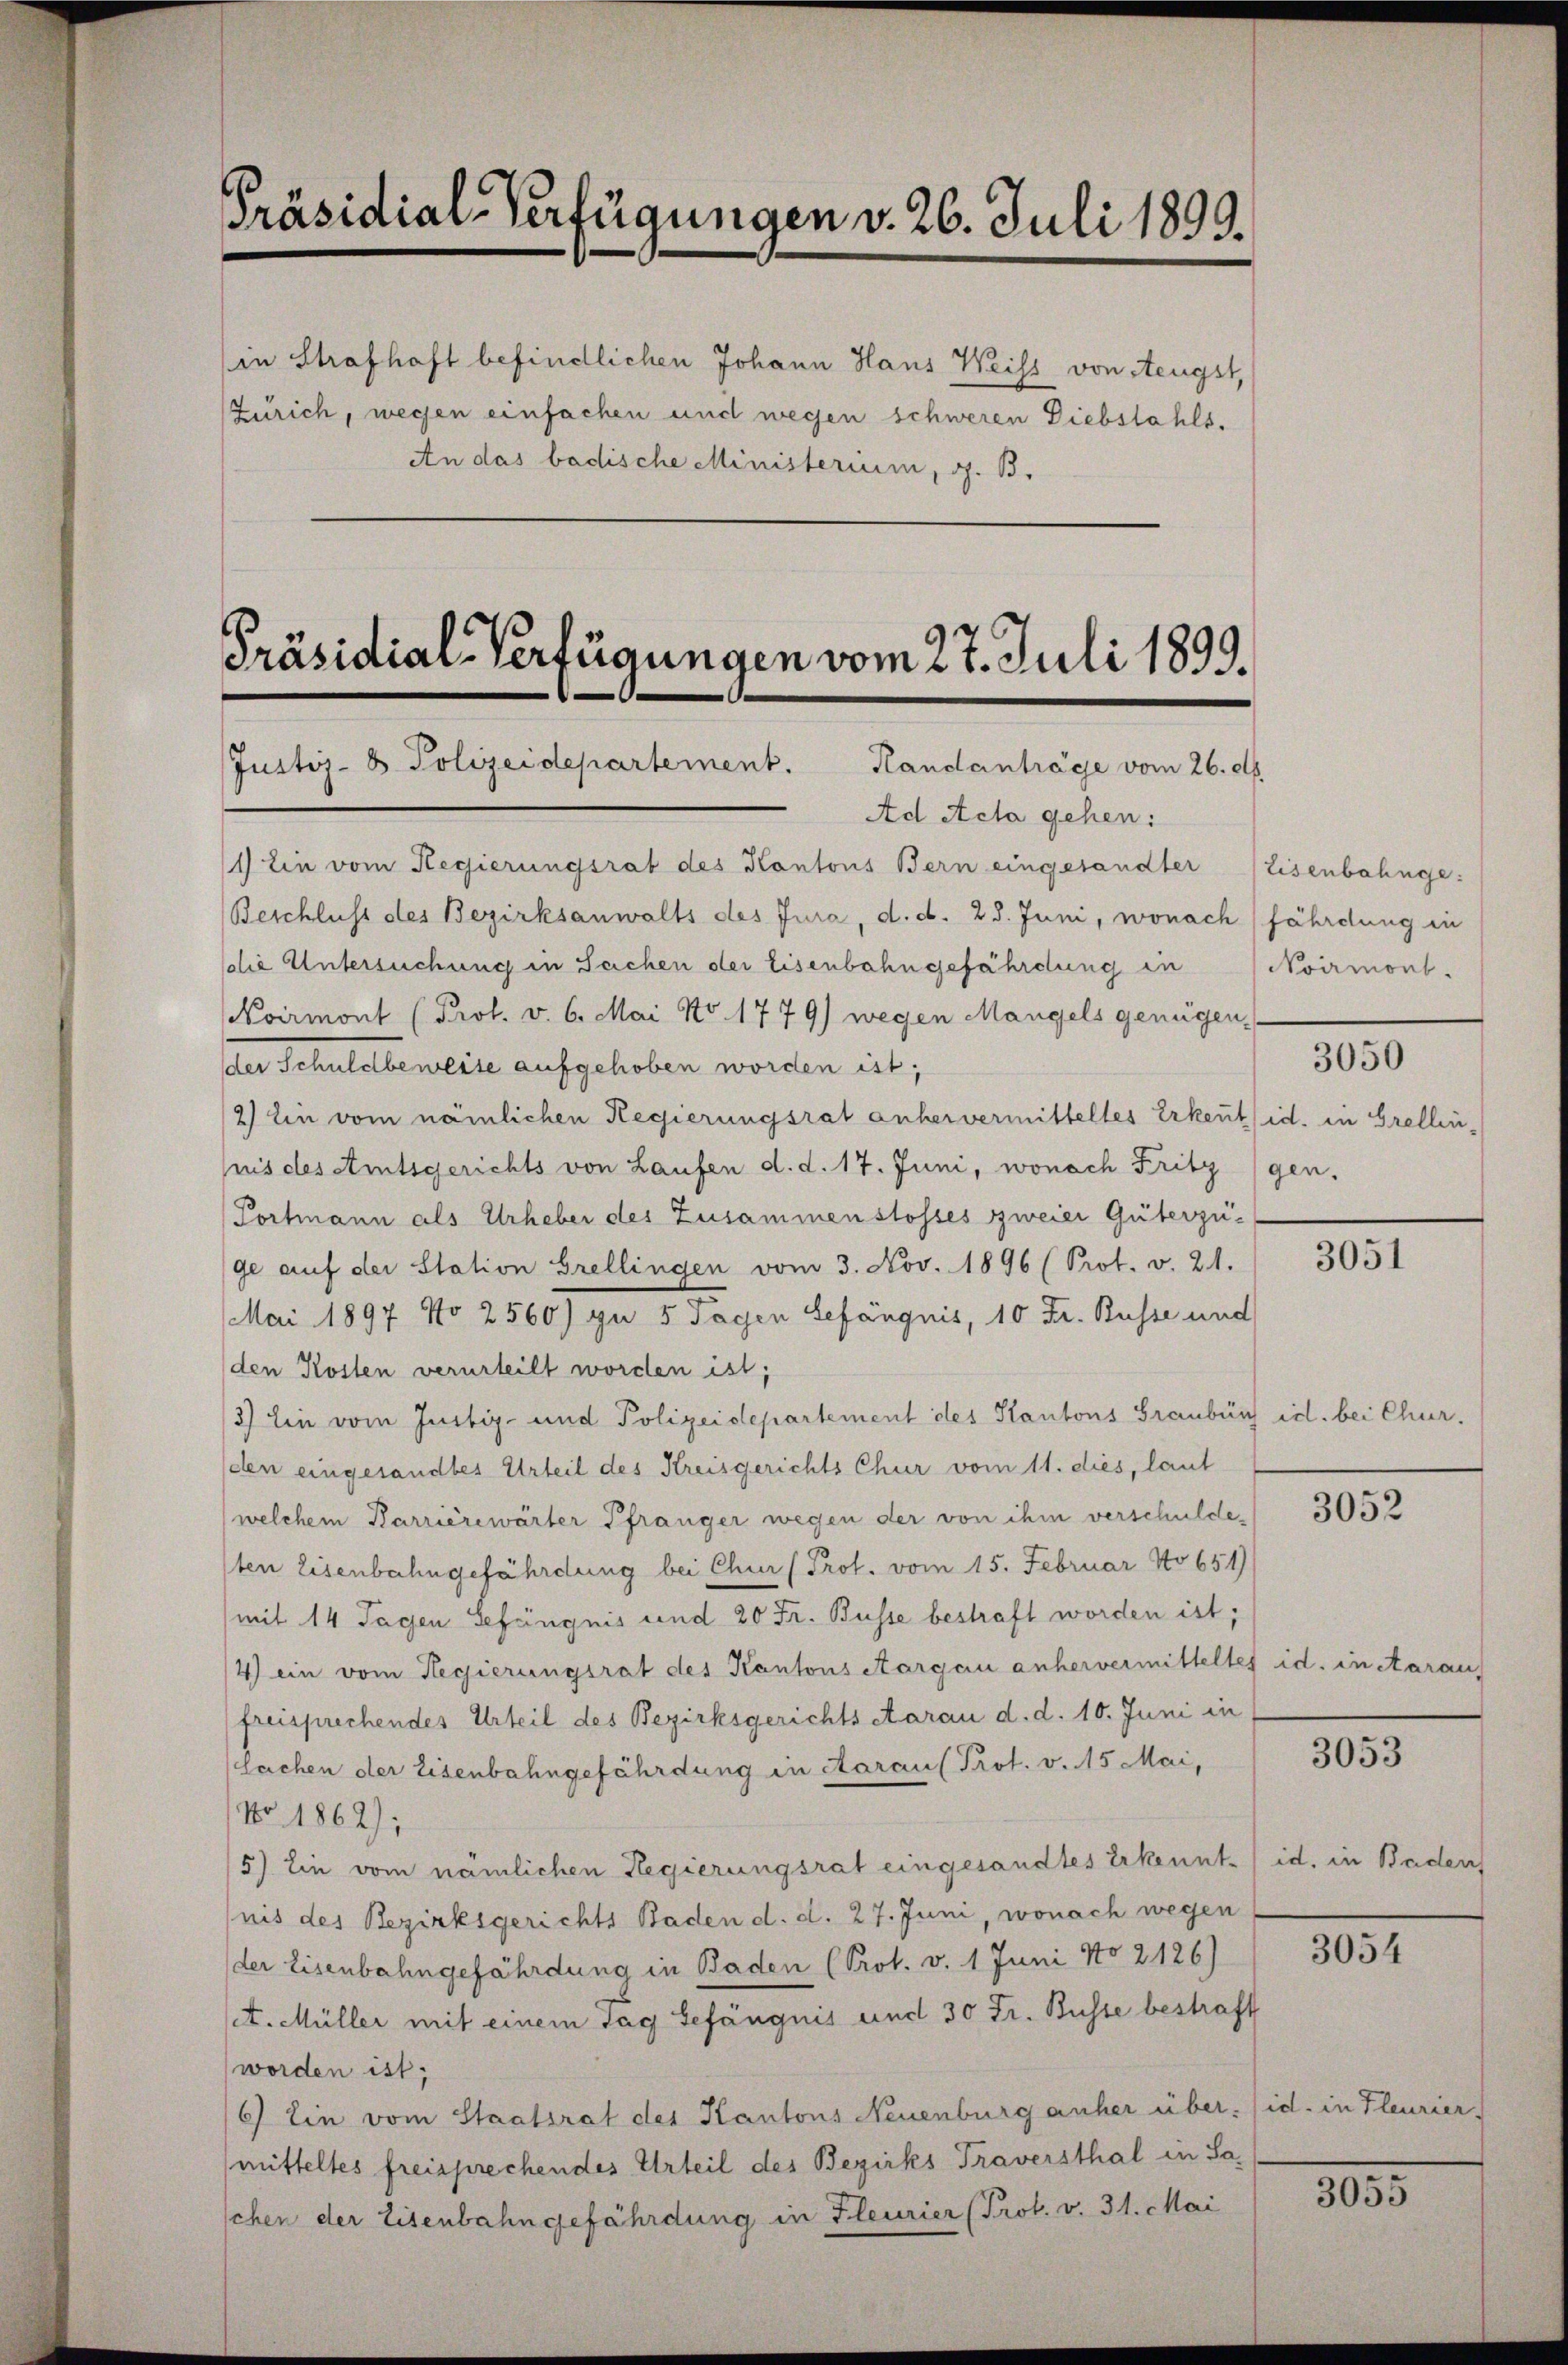
Präsidial-Verfügungen v. 26. Juli 1899.

Präsidial-Verfügungen vom 27. Juli 1899.
Justiz- & Polizeidepartement. Handanträge vom 26. d.

(in Strafhaft befindlichen Johann Haus Weiss von Aeugst,
Zürich, wegen einfachen und wegen schweren Diebstahls¬
An das badische Ministerium, G. B.

Ad Acta gehen:
1) Ein vom Regierungsrat des Kantons Bern eingesandter (Eisenbahnge:
Beschluss des Bezirksanwalts des Jura, d. d. 28. Juni, wonach fährdung in
die Untersuchung in Sachen der Eisenbahngefährdung in (Noirmont.
Kvirmont (Prot. v. 6. Mai No. 1779) wegen Mangels genügen,
der Schuldbeweise aufgehoben worden ist;
2) Ein vom nämlichen Regierungsrat anhervermitteltes Erkentsid. in Grellinnis des Amtsgerichts von Laufen d. d. 17. Juni, wonach Fritz gen.
Portmann als Urheber des Zusammenstosses zweier Güterzuge auf der Station Grellingen vom 3. Nov. 1896 (Prot. v. 21.
Mai 1897 No 2560) zu 5 sagen Gefängnis, 10 Fr. Busse und
den Kosten verurteilt worden ist;
3) Ein vom Justiz- und Polizeidepartement des Kantons Graubünf id. bei Chur.
(den eingesandtes Urteil des Kreisgerichts Chur vom 11. dies, laut
welchem Barrièrewärter Pfränger wegen der von ihm verschuldesten Eisenbahngefährdung bei Chur (Prot. vom 15. Februar No 651)
mit 14 Tagen Gefängnis und 20 Fr. Busse bestraft worden ist;
4) ein vom Regierungsrat des Kantons Aargau anhervermitteltes id. in Aaraus
freisprechendes Urteil des Bezirksgerichts Aarau d. d. 10. Juni in
Sachen der Eisenbahngefährdung in Aaraus Prof. v. 15 Mai,
No 1862);
5) Ein vom nämlichen Regierungsrat eingesandtes Erkennt) id. in Badens
nis des Bezirksgerichts Baden d. d. 27. Juni, wonach wegen
der Eisenbahngefährdung in Baden (Prot. v. 1 Juni No 2126)
set. Müller mit einem Tag Gefängnis und 30 Fr. Busse bestraft
worden ist;
6) Ein vom Staatsrat des Kantons Neuenburg anher über. (id. in Fleurier
(mitteltes freisprechendes Urteil des Bezirks Traversthal in Sa
schen der Eisenbahngefährdung in Fleurier (Prot. v. 31. Mai

3050

3051

3052

3053

3054

3035